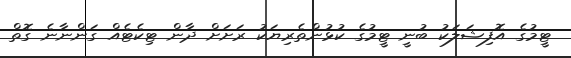
ޓީމުގެ އޮފިޝަލަކު ބުނީ ޓީމުގެ ކުޅުންތެރިޔަކު ރަށަށް ދާން ޓިކެޓެއް ގަންނާނެ ގޮތް